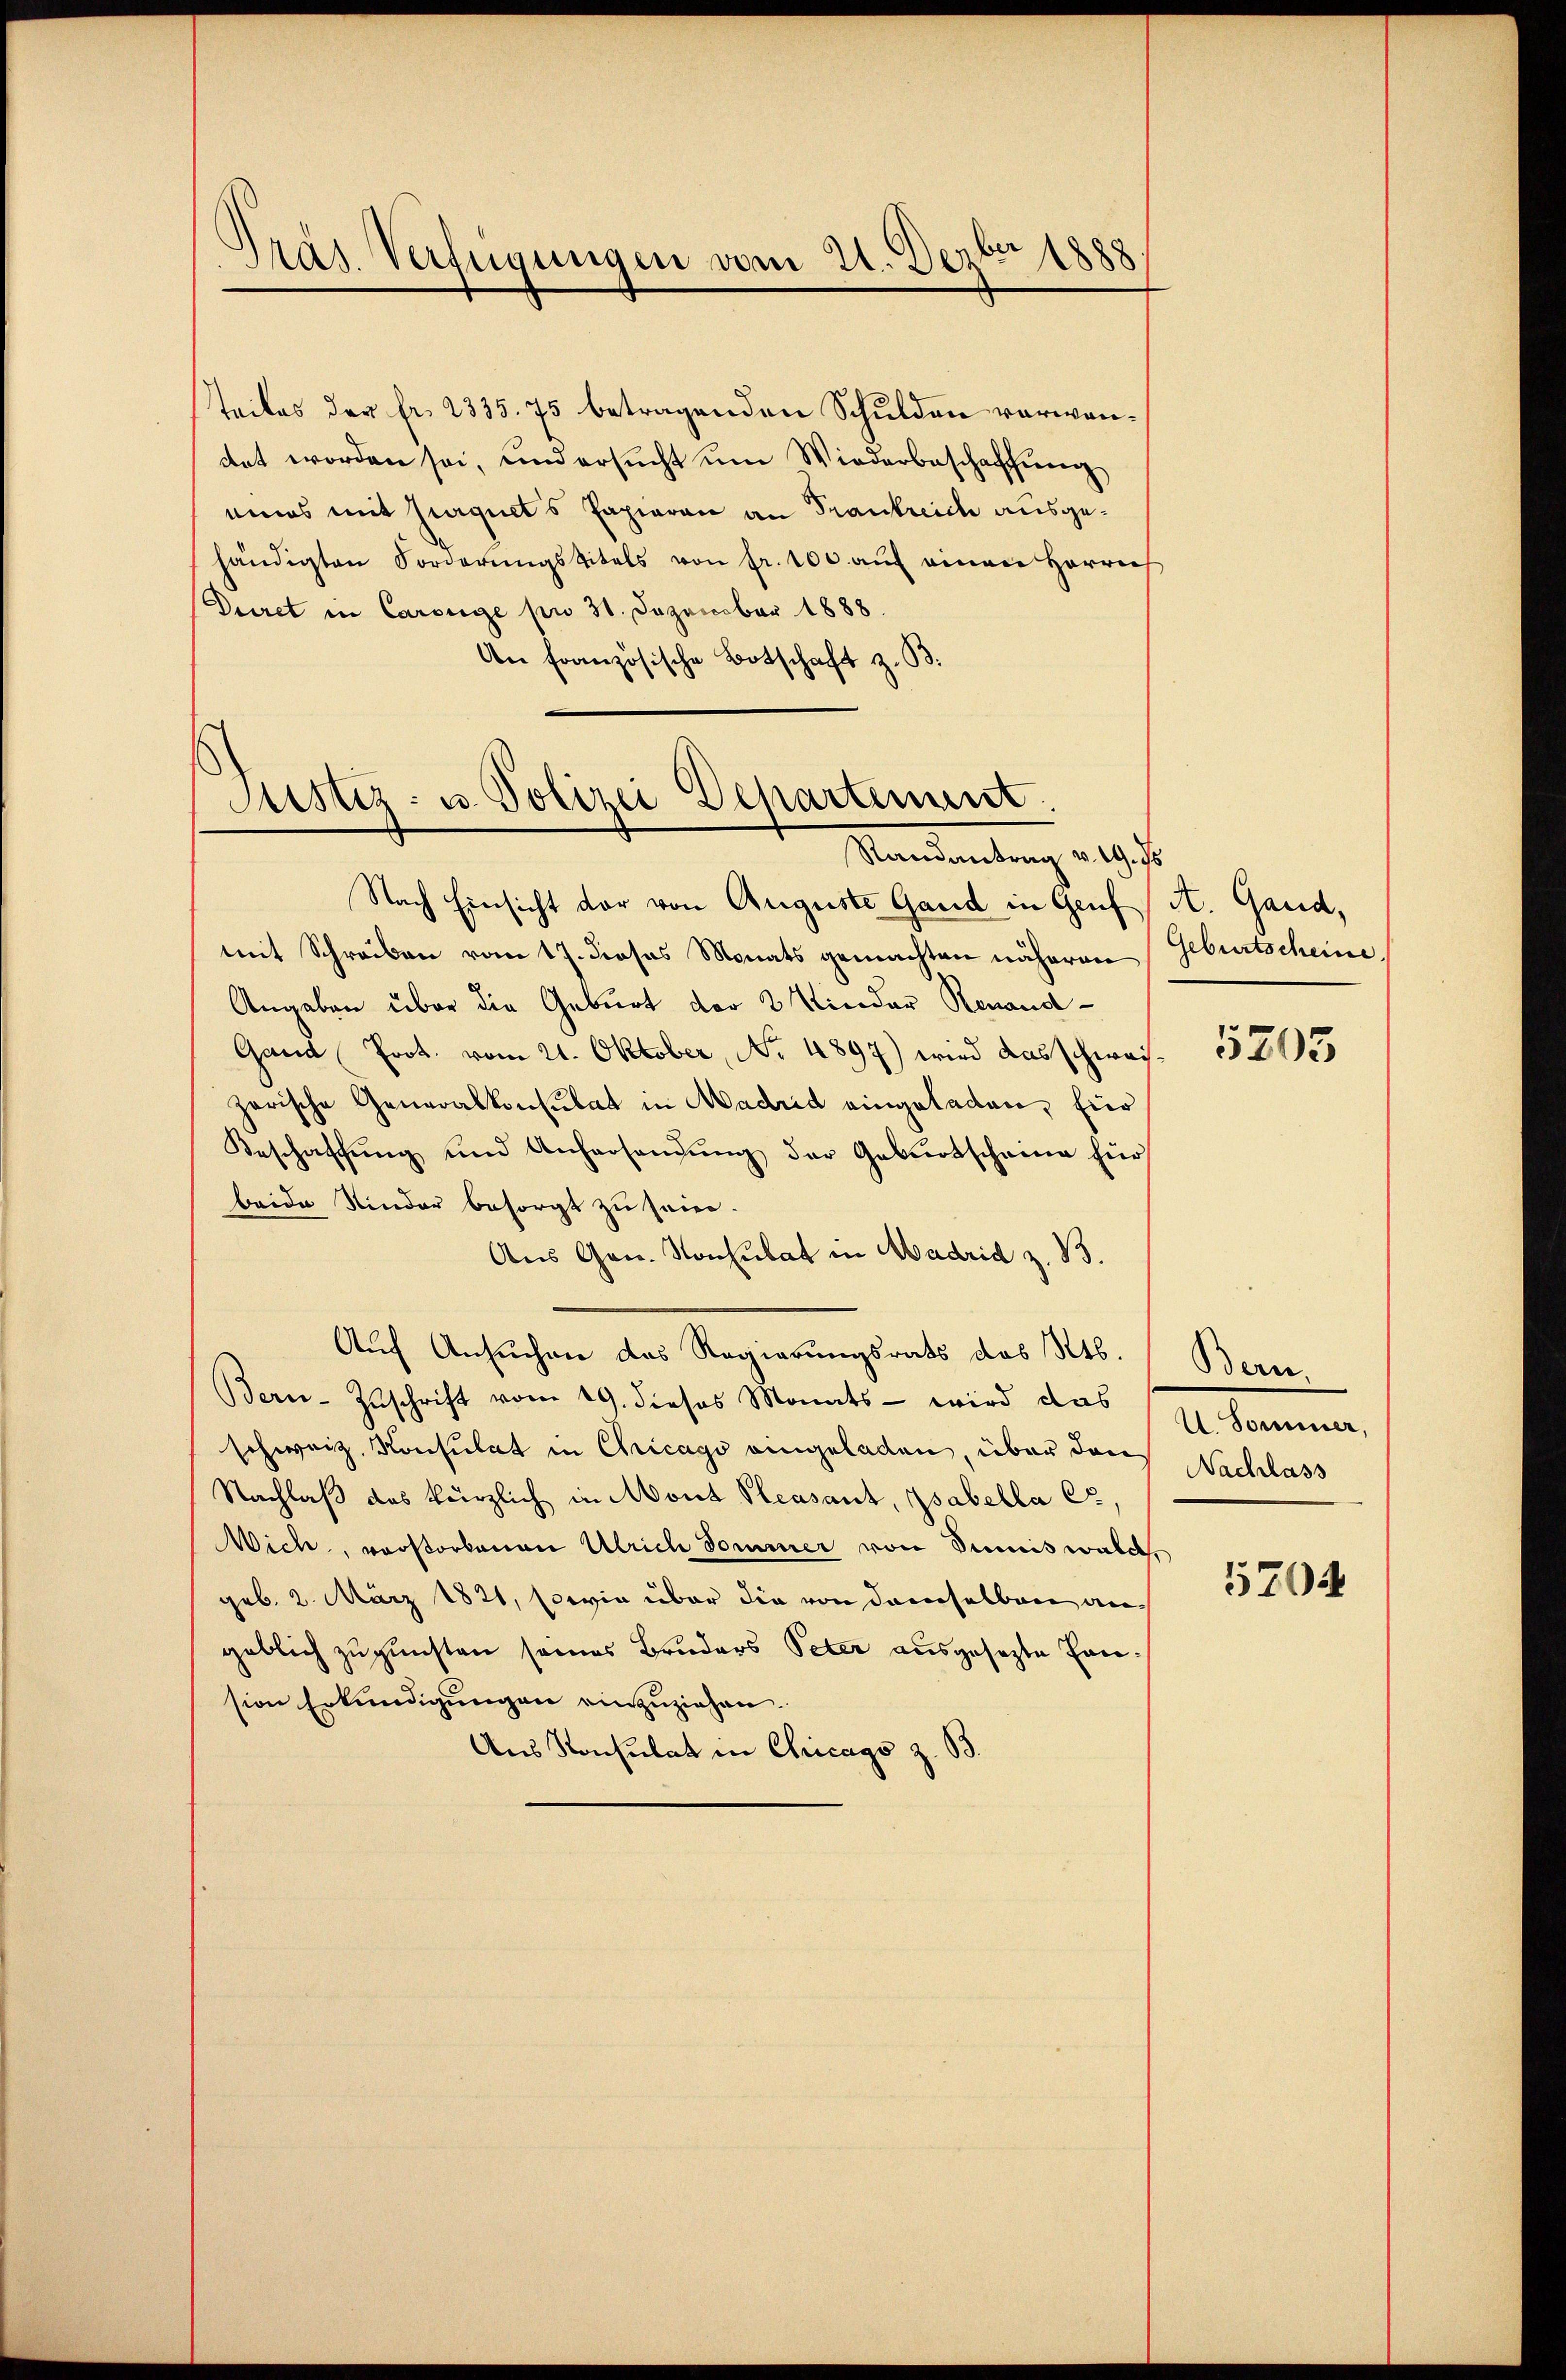
Pras. Verfügungen vom 21. Dez. 1888

teites der fr. 2335. 75 betragenden Schulden vorwandet worden sei, und ersucht um Wiederbeschaffung
eines mit Zurquets Papieren an Frankreich ausgehändigten Forderŭngstitels von fr. 100 auf einen Herrech
Duiret in Carouge pro 31. Dezember 1888
An Französische Botschaft z. B.

Justiz- u. Polizei Departement

Mandantung d. 9.
Nach Einsicht vor von Auguste Gand in Genf, A. Gand,
mit Schreiben vom 17. Joses Monats gemachten näheren Geburtscheine
Angaben über die Geburt der 2 Kinder Renaud¬
Gand Prot. vom 21. Oktober, No. 4897) wird das schwaizarische Generalkonsulat in Madrid eingeladen, für
Beschaffŭng und Anhersandŭng der Gebŭrtscheine für
beide Kinder besorgt zu sein.
Aus Gen. Konsulat in Madrid z. B.
Auf Ansuchen das Regierungsrats des Kts.
Bern-Zŭschrift vom 19. dieses Monats wird das
schweiz. Konsulat in Chicago eingeladen, über das Nachlass
Nachlaß das kürzlich in Mont Peasant, Gsabella C
ich, vorstorbenen Ulrich Sommer von Summiswald,
geb. 2. März 1821, sowie über die von demselben angeblich zu gunsten seines Bruders Peter ausgesezte Pansion Erkundigungen einzuziehen.
Aus Konsulat in Chicago z. B.

5205

Bern,
U. Sommer,

5704